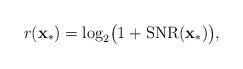
LaTeX: \begin{align*}r(\mathbf{x}_{*})=\log_{2}\bigl(1+\mathrm{SNR}(\mathbf{x}_{*})\bigr),\end{align*}